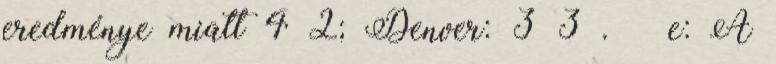
eredménye miatt 4–2; Denver: 3–3 . ↑ e: A